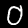
Digit: 0